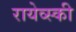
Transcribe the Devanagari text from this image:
रायेव्स्की